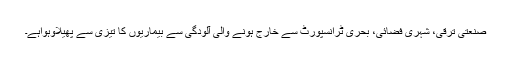
صنعتی ترقی، شہری فضائی، بحری ٹرانسپورٹ سے خارج ہونے والی آلودگی سے بیماریوں کا تیزی سے پھیلاؤہواہے۔